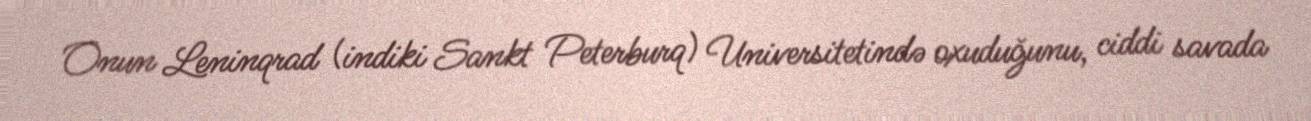
Onun Leninqrad (indiki Sankt Peterburq) Universitetində oxuduğunu, ciddi savada